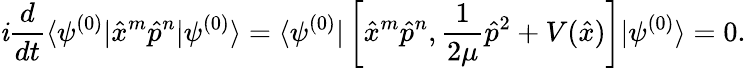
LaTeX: \mathit{i}\frac{{d}}{{dt}}\langle\psi^{(0)}|\hat{{x}}^{m}\hat{{p}}^{n}|\psi^{(0)}\rangle=\langle\psi^{(0)}|\left[\hat{{x}}^{m}\hat{{p}}^{n},\frac{{1}}{{2\mu}}\hat{{p}}^{2}+V(\hat{{x}})\right]|\psi^{(0)}\rangle=0.